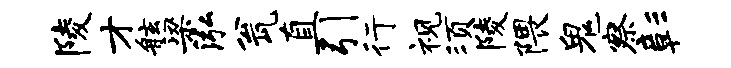
陵才舷梁泓瓮直引行视须陵隈鬼察彰